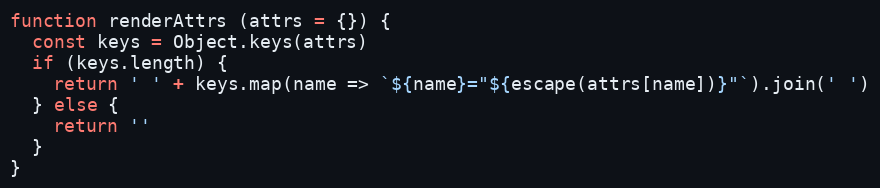
Language: JavaScript
function renderAttrs (attrs = {}) {
  const keys = Object.keys(attrs)
  if (keys.length) {
    return ' ' + keys.map(name => `${name}="${escape(attrs[name])}"`).join(' ')
  } else {
    return ''
  }
}